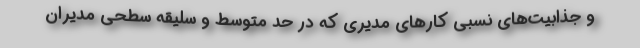
و جذابیت‌های نسبی کارهای مدیری که در حد متوسط و سلیقه سطحی مدیران